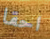
احقا